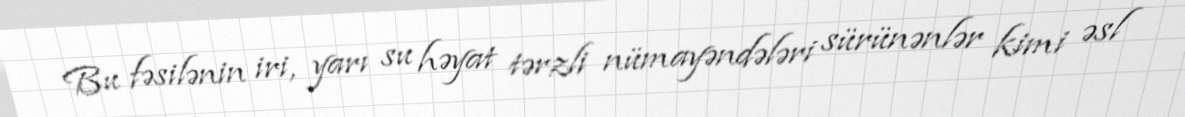
Bu fəsilənin iri, yarı su həyat tərzli nümayəndələri sürünənlər kimi əsl